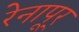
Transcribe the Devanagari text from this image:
रेनापूर्